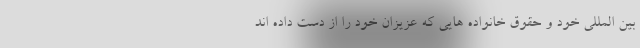
بین المللی خود و حقوق خانواده هایی که عزیزان خود را از دست داده اند